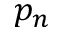
p _ { n }